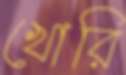
খোরি